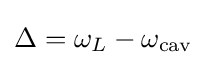
\Delta =\omega _{L}-\omega _{\text{cav}}